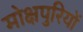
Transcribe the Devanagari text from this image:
मोक्षपुरियों